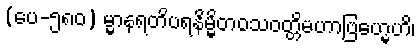
(ပေ-၅၈၀) မ္မာနရတိပရနိမ္မိတဝသဝတ္တိမဟာဗြဟ္မေဟိ၊